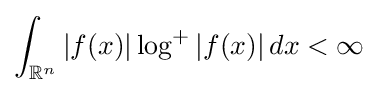
\int _{\mathbb {R} ^{n}}|f(x)|\log ^{+}|f(x)|\,dx<\infty